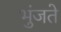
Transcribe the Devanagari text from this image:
भुंजते